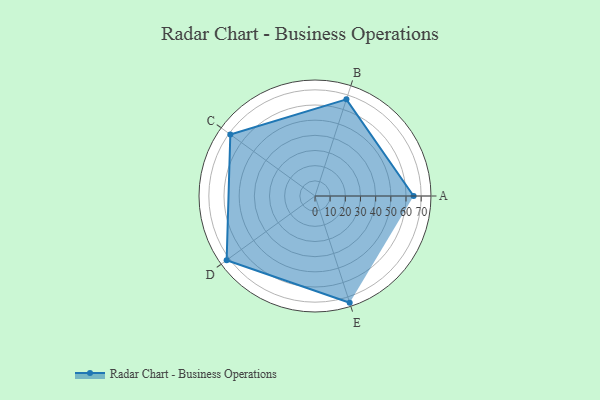
{"axis": {"x": "Skill", "y": "Score"}, "legend": ["Profile"], "data": [{"x": "A", "y": 65.0, "type": "Profile"}, {"x": "B", "y": 67.0, "type": "Profile"}, {"x": "C", "y": 69.0, "type": "Profile"}, {"x": "D", "y": 72.0, "type": "Profile"}, {"x": "E", "y": 74.0, "type": "Profile"}]}